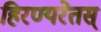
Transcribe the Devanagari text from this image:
हिरण्यरेतस्